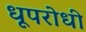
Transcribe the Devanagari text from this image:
धूपरोधी